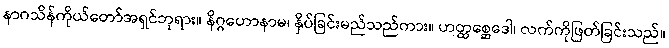
နာဂသိန်ကိုယ်တော်အရှင်ဘုရား။ နိဂ္ဂဟောနာမ၊ နှိပ်ခြင်းမည်သည်ကား။ ဟတ္ထစ္ဆေဒေါ၊ လက်ကိုဖြတ်ခြင်းသည်။